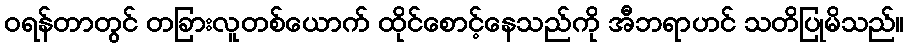
ဝရန်တာတွင် တခြားလူတစ်ယောက် ထိုင်စောင့်နေသည်ကို အီဘရာဟင် သတိပြုမိသည်။